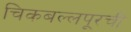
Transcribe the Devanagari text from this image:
चिकबल्लपूरची